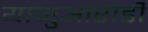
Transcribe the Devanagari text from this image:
यागुआरोंडी